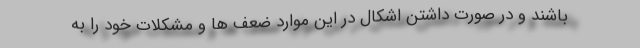
باشند و در صورت داشتن اشکال در این موارد ضعف ها و مشکلات خود را به